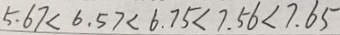
5 . 6 7 < 6 . 5 7 < 6 . 7 5 < 7 . 5 6 < 7 . 6 5